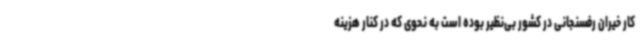
کار خیران رفسنجانی در کشور بی‌نظیر بوده است به نحوی که در کنار هزینه